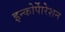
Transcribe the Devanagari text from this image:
इन्कोर्पाेरेशन